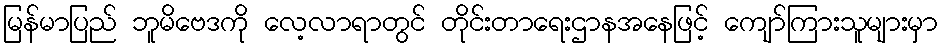
မြန်မာပြည် ဘူမိဗေဒကို လေ့လာရာတွင် တိုင်းတာရေးဌာနအနေဖြင့် ကျော်ကြားသူများမှာ